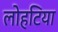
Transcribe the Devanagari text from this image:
लोहटिया